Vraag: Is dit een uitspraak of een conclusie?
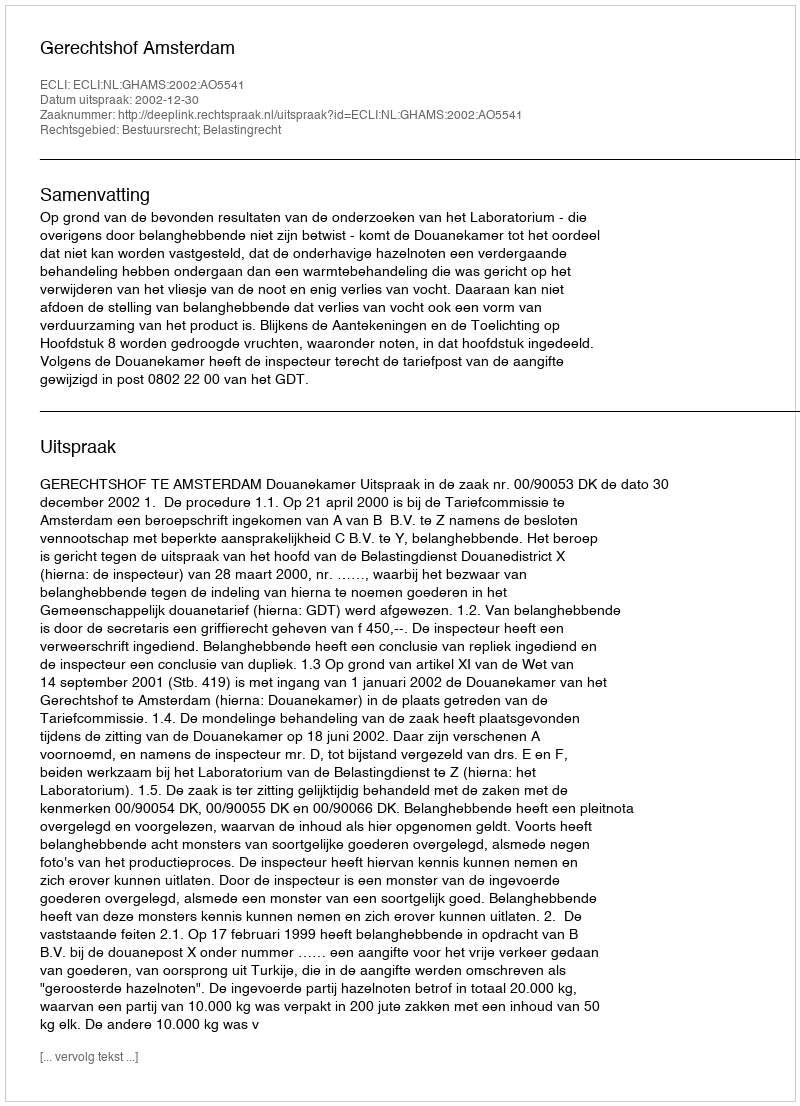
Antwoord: Uitspraak